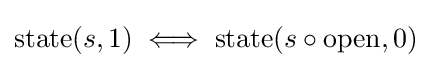
\mathrm {state} (s,1)\iff \mathrm {state} (s\circ \mathrm {open} ,0)